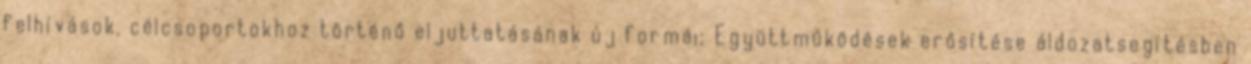
felhívások, célcsoportokhoz történő eljuttatásának új formái; Együttműködések erősítése áldozatsegítésben